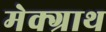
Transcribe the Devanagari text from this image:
मेक्ग्राथ